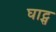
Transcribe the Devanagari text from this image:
घाट्स